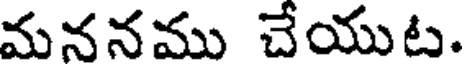
మననము చేయుట.